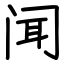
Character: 闻